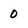
Character: 0